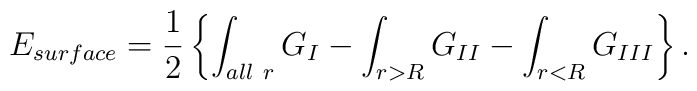
E_{surface} = {1\over2} \left\{ \int_{ \small all\ r} G_I   - \int_{r>R} G_{II}  - \int_{r<R} G_{III} \right\}.